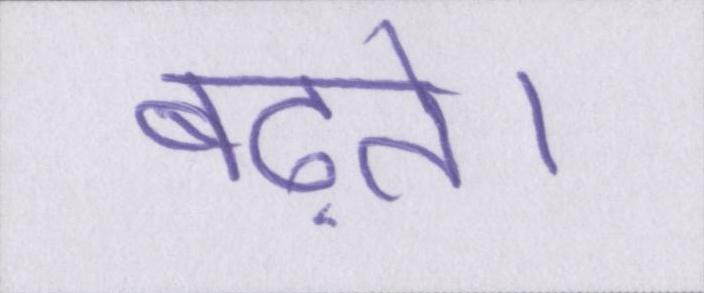
बढ़ते।